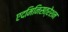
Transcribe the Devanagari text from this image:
एदमिनिसत्रेशन